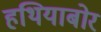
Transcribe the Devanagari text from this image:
हथियाबोर